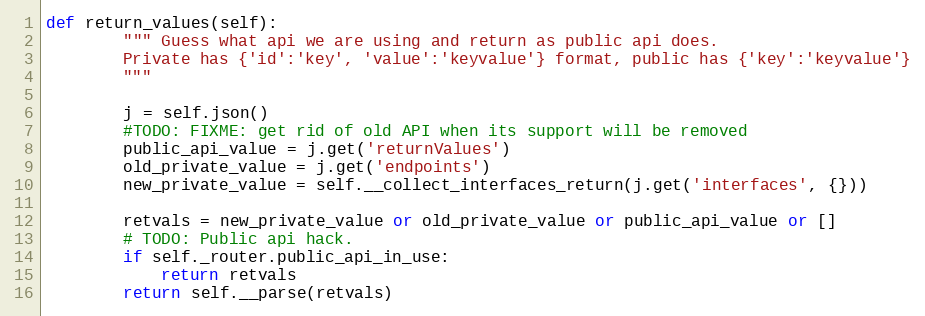
Language: Python
def return_values(self):
        """ Guess what api we are using and return as public api does.
        Private has {'id':'key', 'value':'keyvalue'} format, public has {'key':'keyvalue'}
        """

        j = self.json()
        #TODO: FIXME: get rid of old API when its support will be removed
        public_api_value = j.get('returnValues')
        old_private_value = j.get('endpoints')
        new_private_value = self.__collect_interfaces_return(j.get('interfaces', {}))

        retvals = new_private_value or old_private_value or public_api_value or []
        # TODO: Public api hack.
        if self._router.public_api_in_use:
            return retvals
        return self.__parse(retvals)